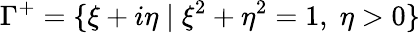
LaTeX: \Gamma^{+}=\{ \xi+i\eta\; |\; \xi^{2}+\eta^{2}=1,\; \eta>0\}